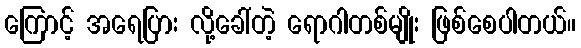
ကြောင့် အရေပြား လို့ခေါ်တဲ့ ရောဂါတစ်မျိုး ဖြစ်စေပါတယ်။